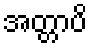
အတ္တာပိ